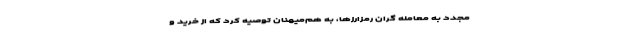
مجدد به معامله گران رمزارزها، به هم‌میهنان توصیه کرد که از خرید و